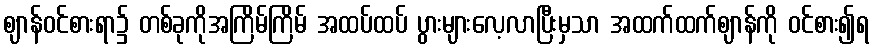
ဈာန်ဝင်စားရာ၌ တစ်ခုကိုအကြိမ်ကြိမ် အထပ်ထပ် ပွားများလေ့လာပြီးမှသာ အထက်ထက်ဈာန်ကို ဝင်စား၍ရ